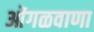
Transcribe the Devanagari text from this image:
ओंगळवाणा